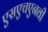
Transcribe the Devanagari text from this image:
एसएचएनवी